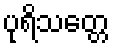
ပုရိသတ္တေ